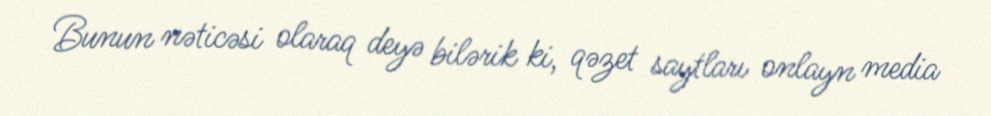
Bunun nəticəsi olaraq deyə bilərik ki, qəzet saytları onlayn media